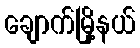
ချောက်မြို့နယ်